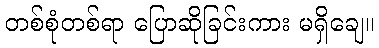
တစ်စုံတစ်ရာ ပြောဆိုခြင်းကား မရှိချေ။